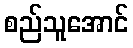
စည်သူအောင်